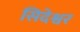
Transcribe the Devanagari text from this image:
सिदेश्वर